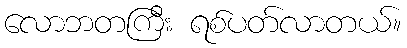
လောဘတကြီး ရစ်ပတ်လာတယ်။